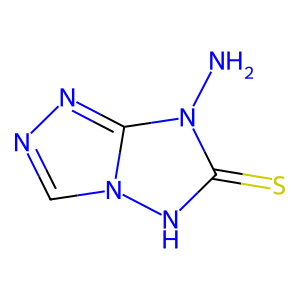
SMILES: Nn1c(=S)[nH]n2cnnc12
Inhibits HIV replication: No